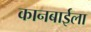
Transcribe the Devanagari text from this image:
कानबाईला